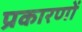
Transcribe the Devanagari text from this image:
प्रकारणों